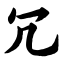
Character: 冗